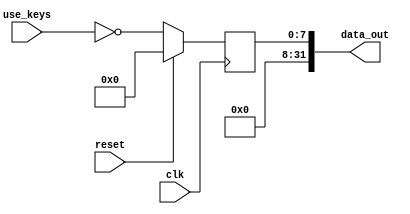
`timescale 1ns / 1ns
//////////////////////////////////////////////////////////////////////////////////
// Company: 
// Engineer: 
// 
// Design Name: 
// Module Name:    UseKeys 
// Project Name: 
// Target Devices: 
// Tool versions: 
// Description: 
//
// Dependencies: 
//
// Revision: 
// Revision 0.01 - File Created
// Additional Comments: 
//
//////////////////////////////////////////////////////////////////////////////////
module UseKeys(
	 input clk,
	 input reset,
	 input [7:0] use_keys,
	 output [31:0] data_out
    );
	 reg [7:0] uk;
	 assign data_out={24'h000000,uk};
	 always @(posedge clk) begin
		 if(reset)begin
			 uk<=8'h00;
		 end
		 else begin
			 uk<=~use_keys;//
		 end
	 end


endmodule